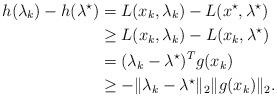
LaTeX: \begin{align*} h(\lambda_k) - h(\lambda^\star) & = L(x_k, \lambda_k) - L(x^\star,\lambda^\star) \\&\ge L(x_k, \lambda_k) - L(x_k, \lambda^\star) \\& = (\lambda_k - \lambda^\star)^T g(x_k) \\& \ge - \| \lambda_k - \lambda^\star \|_2 \| g(x_k) \|_2 .\end{align*}